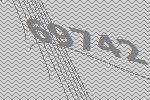
69742